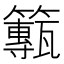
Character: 𥶸